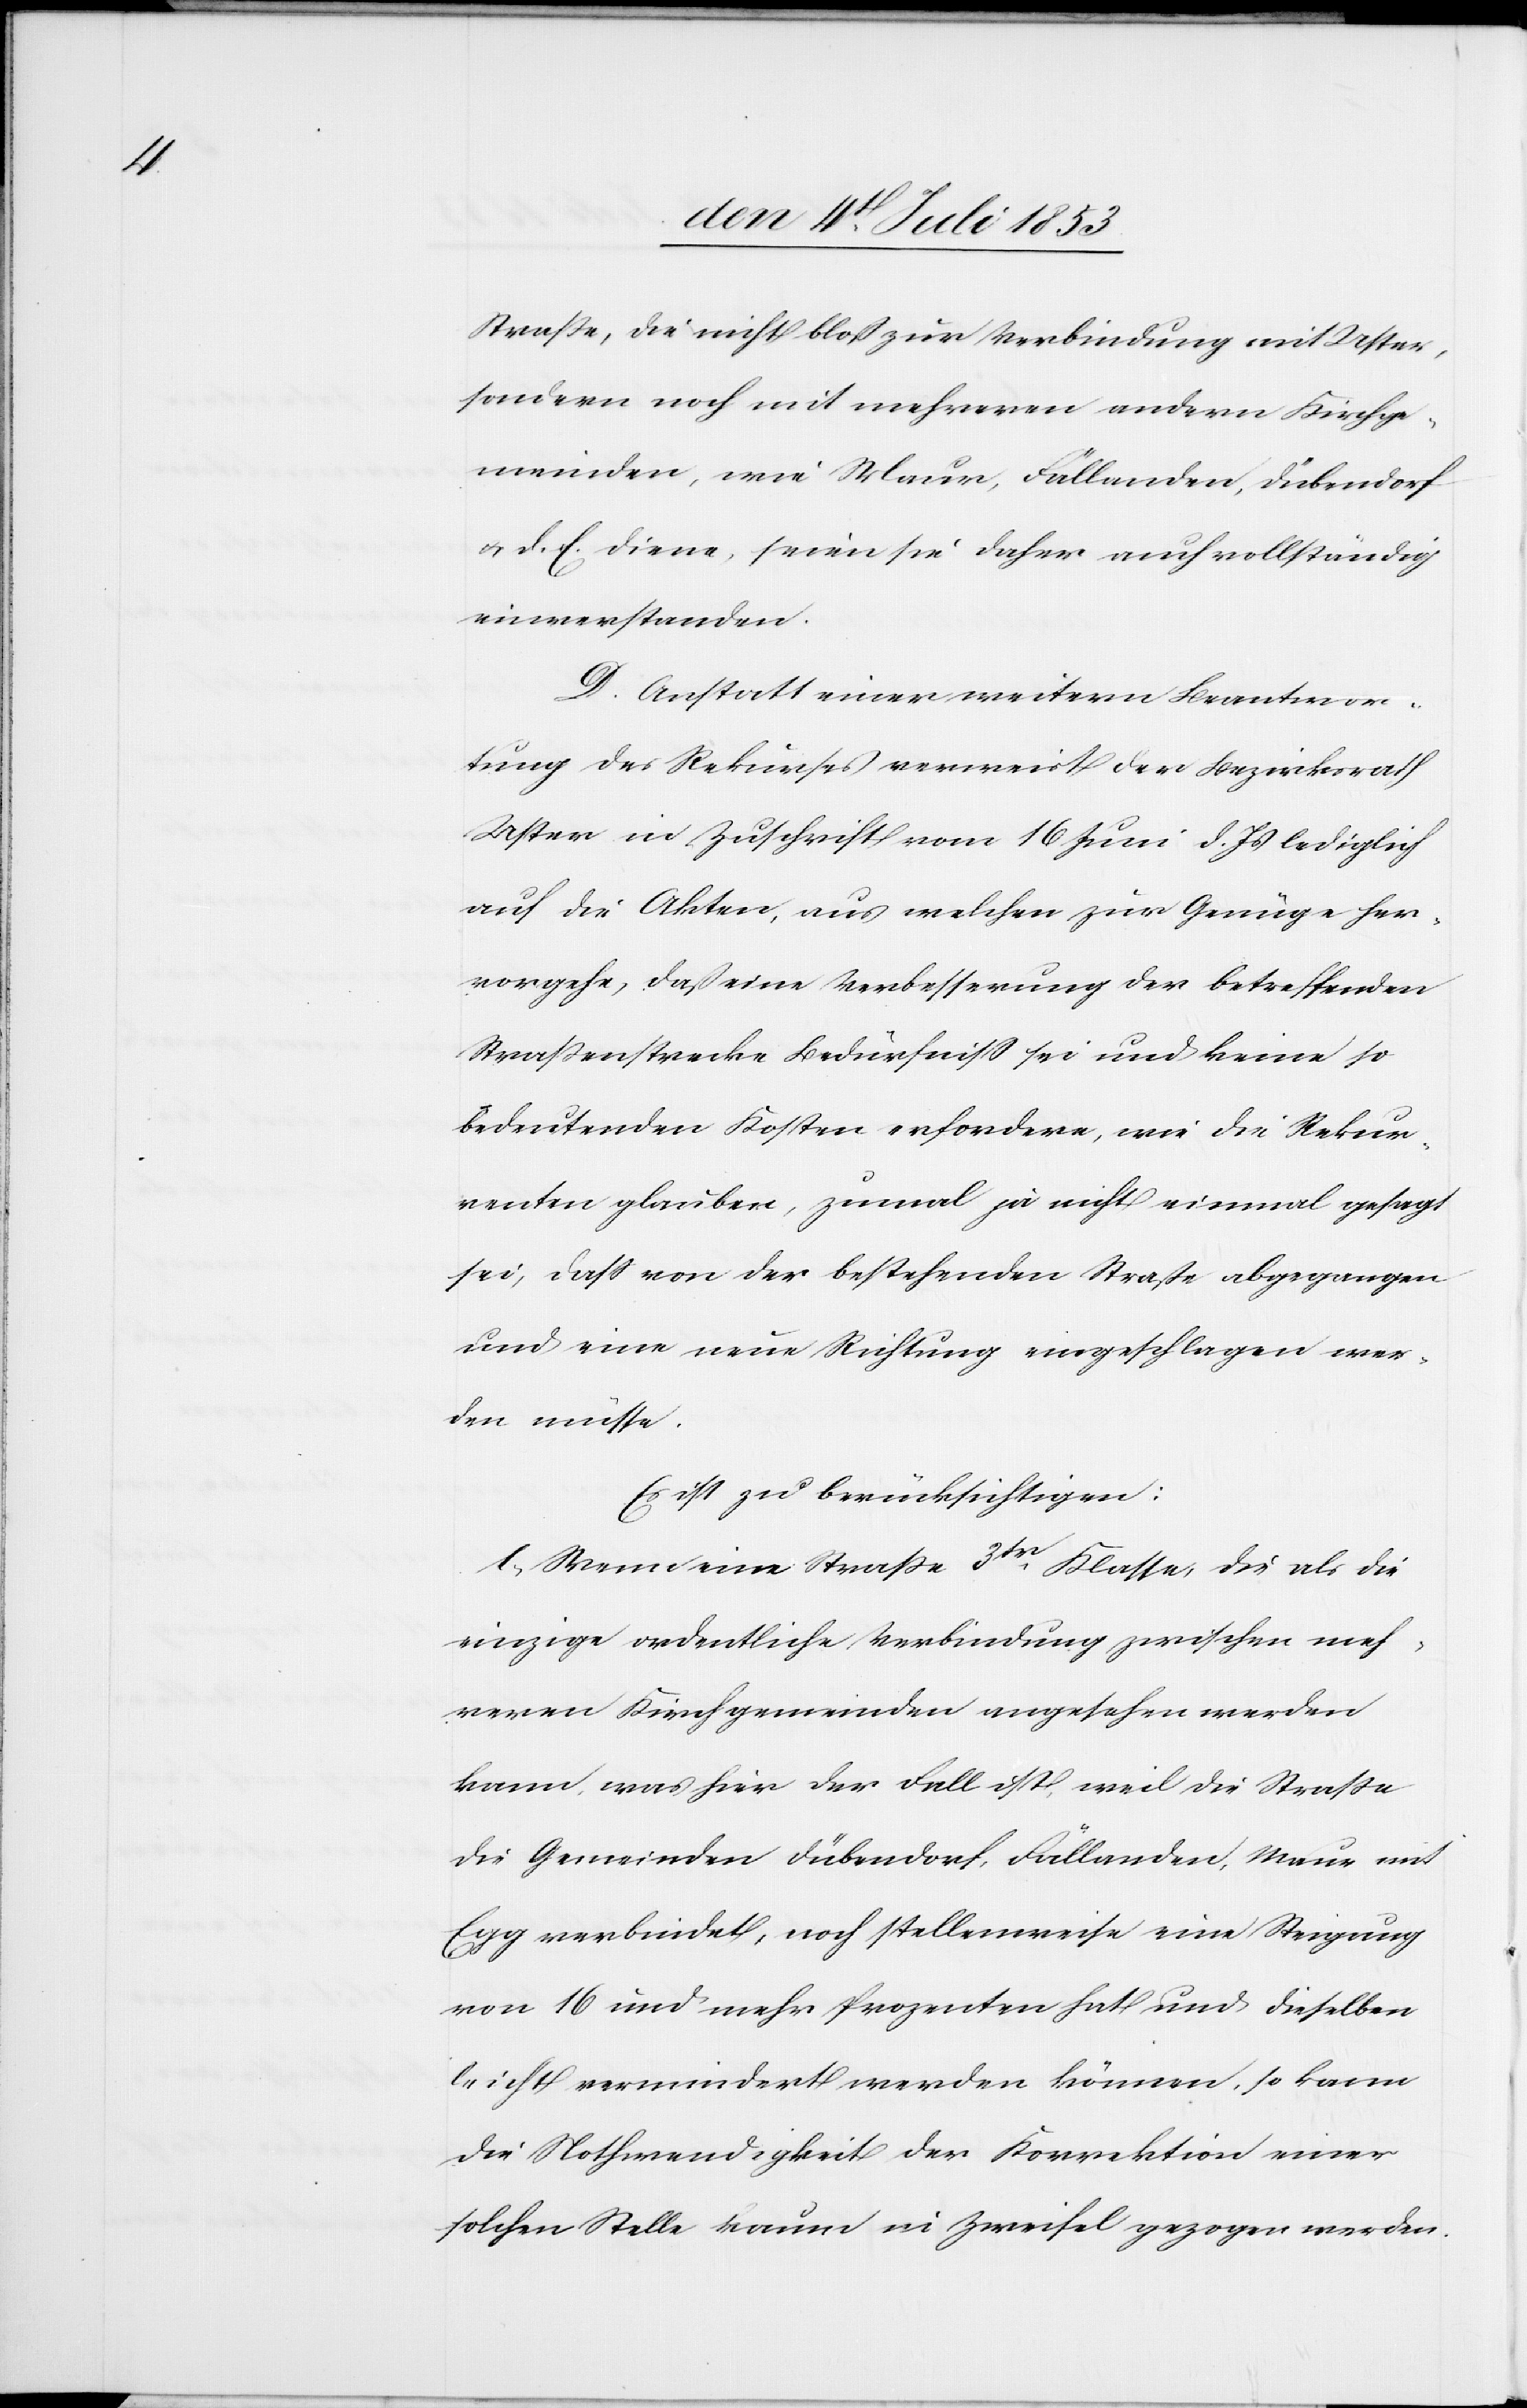
Straße, die nicht bloß zur Verbindung mit Uster,
sondern noch mit mehreren andern Kirchge¬
meinden, wie Maur, Fällanden, Dübendorf
u. d. E. diene, seien sie daher auch vollständig
einverstanden.
D. Anstatt einer weitern Beantwor¬
tung des Rekurses verweist der Bezirksrath
Uster in Zuschrift vom 16 Juni d. Js. lediglich
auf die Akten, aus welchen zur Genüge her¬
vorgehe, daß eine Verbesserung der betreffenden
Straßenstrecke Bedürfniß sei und keine so
bedeutenden Kosten erfordern, wie die Rekur¬
renten glauben, zumal ja nicht einmal gesagt
sei, daß von der bestehenden Straße abgegangen
und eine neue Richtung eingeschlagen wer¬
den möchte.
Es ist zu berücksichtigen:
1. Wenn eine Straße 3tr Klasse, die als die
einzige ordentliche Verbindung zwischen meh¬
reren Kirchgemeinden angesehen werden
kann, was hier der Fall ist, weil die Straße
die Gemeinden Dübendorf, Fällanden, Maur mit
Egg verbindet, noch stellenweise eine Steigung
von 16 und mehr Prozenten hat und dieselben
leicht vermindert werden können, so kann
die Nothwendigkeit der Korrektion einer
solchen Stelle kaum in Zweifel gezogen werden.